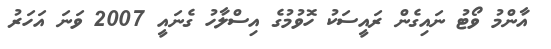
އާންމު ވޯޓު ނައިގެން ރައީސަކު ހޮވުމުގެ އިސްލާހު ގެނައީ 2007 ވަނަ އަހަރު